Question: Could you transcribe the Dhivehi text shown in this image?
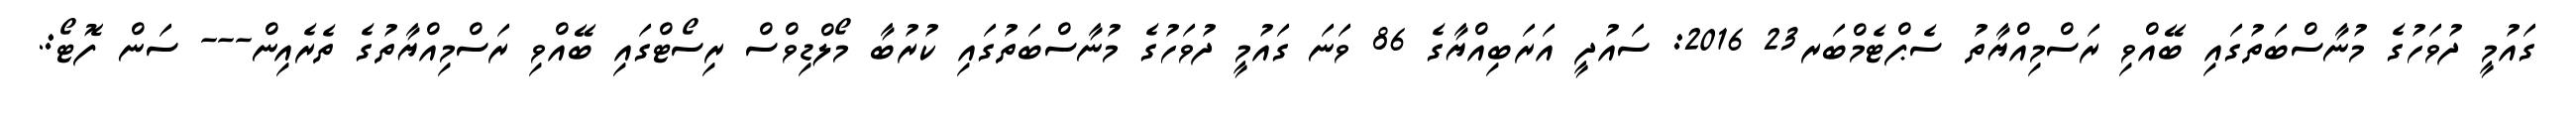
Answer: ގައުމީ ދުވަހުގެ މުނާސްބަތުގައި ބޭއްވި ރަސްމިއްޔާތު ސެޕްޓެމްބަރ23 2016: ސައުދީ އަރަބިއްޔާގެ 86 ވަނަ ގައުމީ ދުވަހުގެ މުނާސްބަތުގައި ކުރުބާ މޯލްޑިވްސް ރިސޯޓްގައި ބޭއްވި ރަސްމިއްޔާތުގެ ތެރެއިން--- ސަން ފޮޓޯ:.